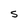
Character: S